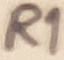
Text: R1